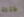
طلقة